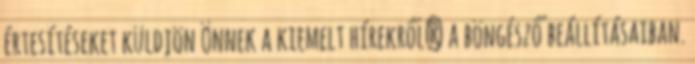
értesítéseket küldjön Önnek a kiemelt hírekről? a böngésző beállításaiban.